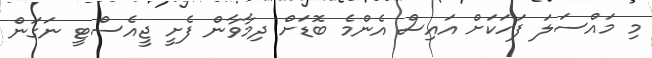
މި މައްސަލަ ފަހަކަށް އައިސް އެންމެ ބޮޑަށް ދިމާވާން ފެށީ ޖީއެސްޓީ ނަގަން